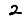
Digit: 2